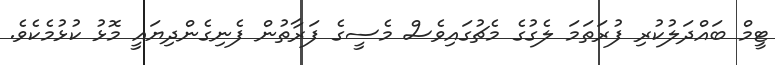
ޓީމް ބައްދަލުކުރި ފުރަތަމަ ލެގުގެ މެޗުގައިވެސް މެސީގެ ފަރާތުން ފެނިގެންދިޔައީ މޮޅު ކުޅުމެކެވެ.